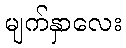
မျက်နှာလေး